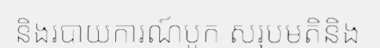
និងរបាយការណ៍បូក សរុបមតិនិង